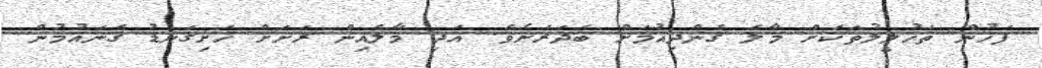
ފަހުން ތަހުލީލުތަކަށް މާލެ ގެންދިއުމަށް ބަދަރަށެވެ. އަދި މާލެއިން ރަށަށް ހަށިގަނޑު ގެނައުމުން